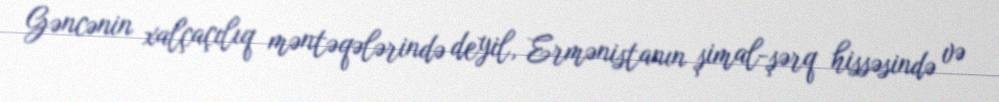
Gəncənin xalçaçılıq məntəqələrində deyil, Ermənistanın şimal-şərq hissəsində və